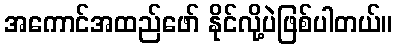
အကောင်အထည်ဖော် နိုင်လို့ပဲဖြစ်ပါတယ်။